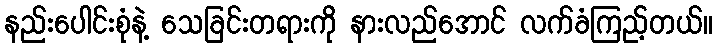
နည်းပေါင်းစုံနဲ့ သေခြင်းတရားကို နားလည်အောင် လက်ခံကြည့်တယ်။